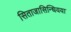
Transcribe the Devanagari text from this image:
सिताजासिन्धियया